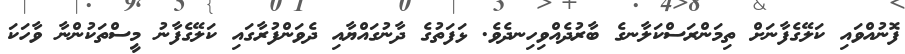
ފޮނުއްވައި ކަލޭގެފާނަށް ތިމަންރަސްކަލާނގެ ބާރުދެއްވިހިނދެވެ. ޅަފަތުގެ ދާނުގައްޔާއި ދެވަންފުރާގައި ކަލޭގެފާނު މީސްތަކުންނާ ވާހަކަ